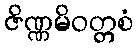
ဇိဏ္ဏမိဝတ္တစံ